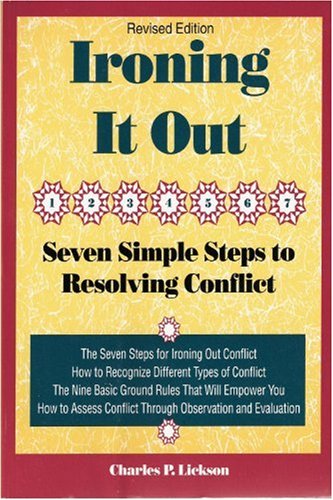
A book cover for Ironing It Out: Seven Simple Steps to Resolving Conflict (Crisp Professional Series); Charles P. Lickson; Law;